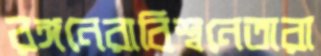
রঙ্গনেরাবিশ্বনেতারা